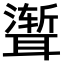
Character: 𫆏